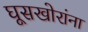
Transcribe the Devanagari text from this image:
घूसखोरांना